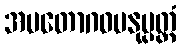
အမတောဂဓမနုပ္ပတ္တံ